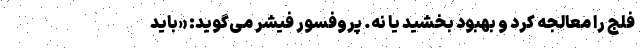
فلج را معالجه کرد و بهبود بخشید یا نه. پروفسور فیشر می‌گوید: «باید